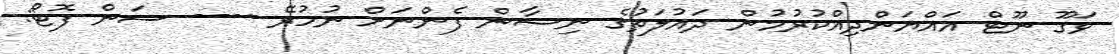
ވަގޫ ނޫޓް އައްޔަންދިއްކުރުމުން ދައުލަތުގެ ނިޝާން ފެންނަށް ނުހުރޭ ---- ސަން ފޮޓޯ: